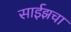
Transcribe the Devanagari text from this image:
साईझचा